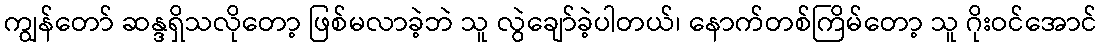
ကျွန်တော် ဆန္ဒရှိသလိုတော့ ဖြစ်မလာခဲ့ဘဲ သူ လွဲချော်ခဲ့ပါတယ်၊ နောက်တစ်ကြိမ်တော့ သူ ဂိုးဝင်အောင်